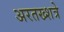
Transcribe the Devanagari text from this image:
अरतख्शत्रे